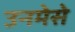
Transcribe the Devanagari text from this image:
उनमेसे